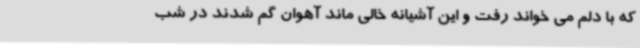
که با دلم می خواند رفت و این آشیانه خالی ماند آهوان گم شدند در شب